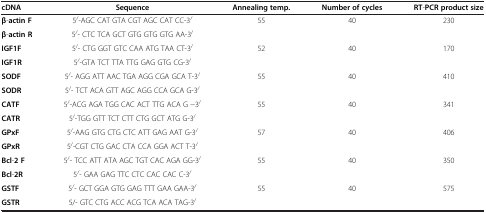
<table><thead><tr><td><b>cDNA</b></td><td><b>Sequence</b></td><td><b>Annealing temp.</b></td><td><b>Number of cycles</b></td><td><b>RT-PCR product size</b></td></tr></thead><tbody><tr><td><b>β</b>-<b>actin F</b></td><td>5<sup>/</sup>-AGC CAT GTA CGT AGC CAT CC-3<sup>/</sup></td><td rowspan="2">55</td><td rowspan="2">40</td><td rowspan="2">230</td></tr><tr><td><b>β</b>-<b>actin R</b></td><td>5<sup>/</sup>- CTC TCA GCT GTG GTG GTG AA-3<sup>/</sup></td></tr><tr><td><b>IGF1F</b></td><td>5<sup>/</sup>- CTG GGT GTC CAA ATG TAA CT-3<sup>/</sup></td><td rowspan="2">52</td><td rowspan="2">40</td><td rowspan="2">170</td></tr><tr><td><b>IGF1R</b></td><td>5<sup>/</sup>-GTA TCT TTA TTG GAG GTG CG-3<sup>/</sup></td></tr><tr><td><b>SODF</b></td><td>5<sup>/</sup>- AGG ATT AAC TGA AGG CGA GCA T-3<sup>/</sup></td><td rowspan="2">55</td><td rowspan="2">40</td><td rowspan="2">410</td></tr><tr><td><b>SODR</b></td><td>5<sup>/</sup>- TCT ACA GTT AGC AGG CCA GCA G-3<sup>/</sup></td></tr><tr><td><b>CATF</b></td><td>5<sup>/</sup>-ACG AGA TGG CAC ACT TTG ACA G −3<sup>/</sup></td><td rowspan="2">55</td><td rowspan="2">40</td><td rowspan="2">341</td></tr><tr><td><b>CATR</b></td><td>5<sup>/</sup>-TGG GTT TCT CTT CTG GCT ATG G-3<sup>/</sup></td></tr><tr><td><b>GPxF</b></td><td>5<sup>/</sup>-AAG GTG CTG CTC ATT GAG AAT G-3<sup>/</sup></td><td rowspan="2">57</td><td rowspan="2">40</td><td rowspan="2">406</td></tr><tr><td><b>GPxR</b></td><td>5<sup>/</sup>-CGT CTG GAC CTA CCA GGA ACT T-3<sup>/</sup></td></tr><tr><td><b>Bcl</b>-<b>2 F</b></td><td>5<sup>/</sup>- TCC ATT ATA AGC TGT CAC AGA GG-3<sup>/</sup></td><td rowspan="2">55</td><td rowspan="2">40</td><td rowspan="2">350</td></tr><tr><td><b>Bcl</b>-<b>2R</b></td><td>5<sup>/</sup>- GAA GAG TTC CTC CAC CAC C-3<sup>/</sup></td></tr><tr><td><b>GSTF</b></td><td>5<sup>/</sup>- GCT GGA GTG GAG TTT GAA GAA-3<sup>/</sup></td><td rowspan="2">55</td><td rowspan="2">40</td><td rowspan="2">575</td></tr><tr><td><b>GSTR</b></td><td>5/- GTC CTG ACC ACG TCA ACA TAG-3<sup>/</sup></td></tr></tbody></table>